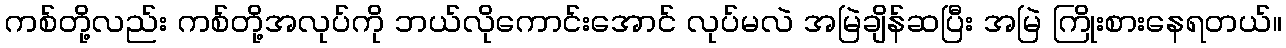
ကစ်တို့လည်း ကစ်တို့အလုပ်ကို ဘယ်လိုကောင်းအောင် လုပ်မလဲ အမြဲချိန်ဆပြီး အမြဲ ကြိုးစားနေရတယ်။